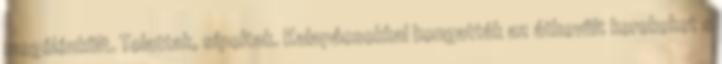
megélénkült. Tolattak, sípoltak. Kalapácsokkal kongatták az áthevült kerekeket s